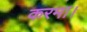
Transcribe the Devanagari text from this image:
करमा।